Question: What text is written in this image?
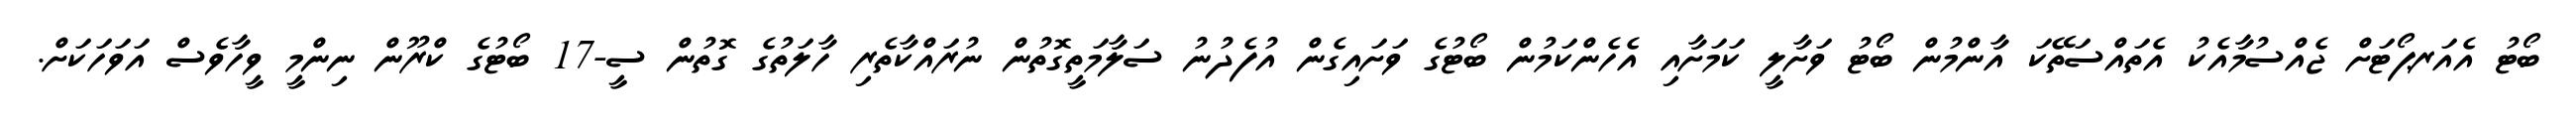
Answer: ބޯޓު އެއަރޕޯޓަށް ޖެއްސުމާއެކު އެތައްސަތޭކަ އާންމުން ބޯޓު ވަށާލީ ކަމަށާއި އެހެންކަމުން ބޯޓުގެ ވަށައިގެން އުފެދުނު ސަލާމަތީގޮތުން ނުރައްކާތެރި ހާލަތުގެ ގޮތުން ސީ-17 ބޯޓުގެ ކްރޫން ނިންމީ ވީހާވެސް އަވަހަކަށް.